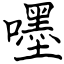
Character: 嚜